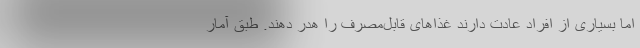
اما بسیاری از افراد عادت دارند غذاهای قابل‌مصرف را هدر دهند. طبق آمار